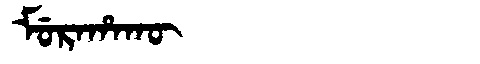
Manchu: ᠮᡠᡵᠠᡥᠠᡴᡡ
Romanization: MURAHAKŪ